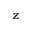
z